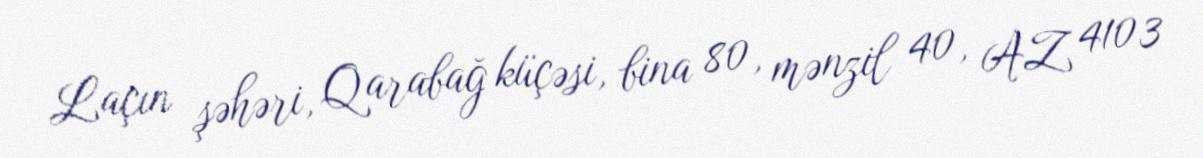
Laçın şəhəri, Qarabağ küçəsi, bina 80, mənzil 40, AZ 4103